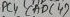
Text: ADC4